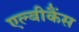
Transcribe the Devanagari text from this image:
एल्‍बीकैंस